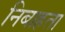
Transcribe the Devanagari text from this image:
निबाहता